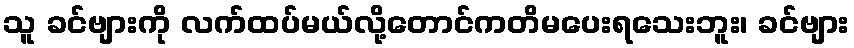
သူ ခင်ဗျားကို လက်ထပ်မယ်လို့တောင်ကတိမပေးရသေးဘူး၊ ခင်ဗျား